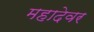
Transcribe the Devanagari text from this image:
महादेवर